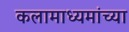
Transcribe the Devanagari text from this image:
कलामाध्यमांच्या